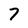
Character: 7